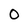
Character: 0